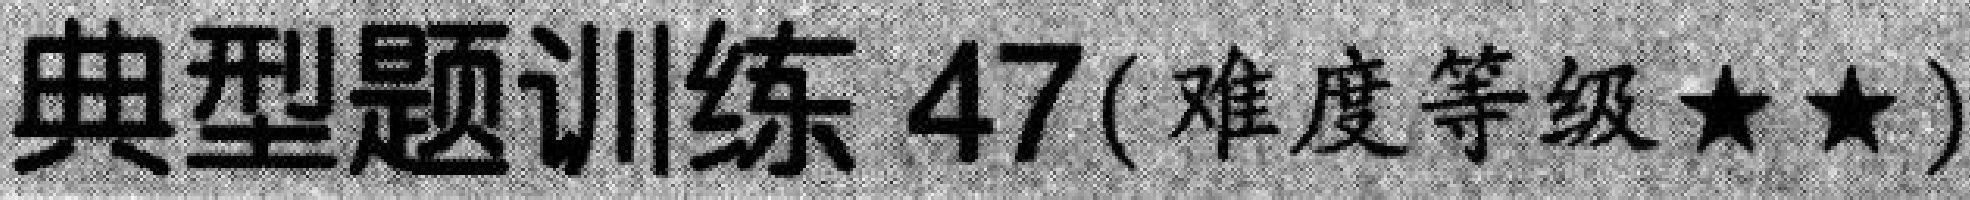
典型题训练 \(47\)（难度等级\(★★\)）